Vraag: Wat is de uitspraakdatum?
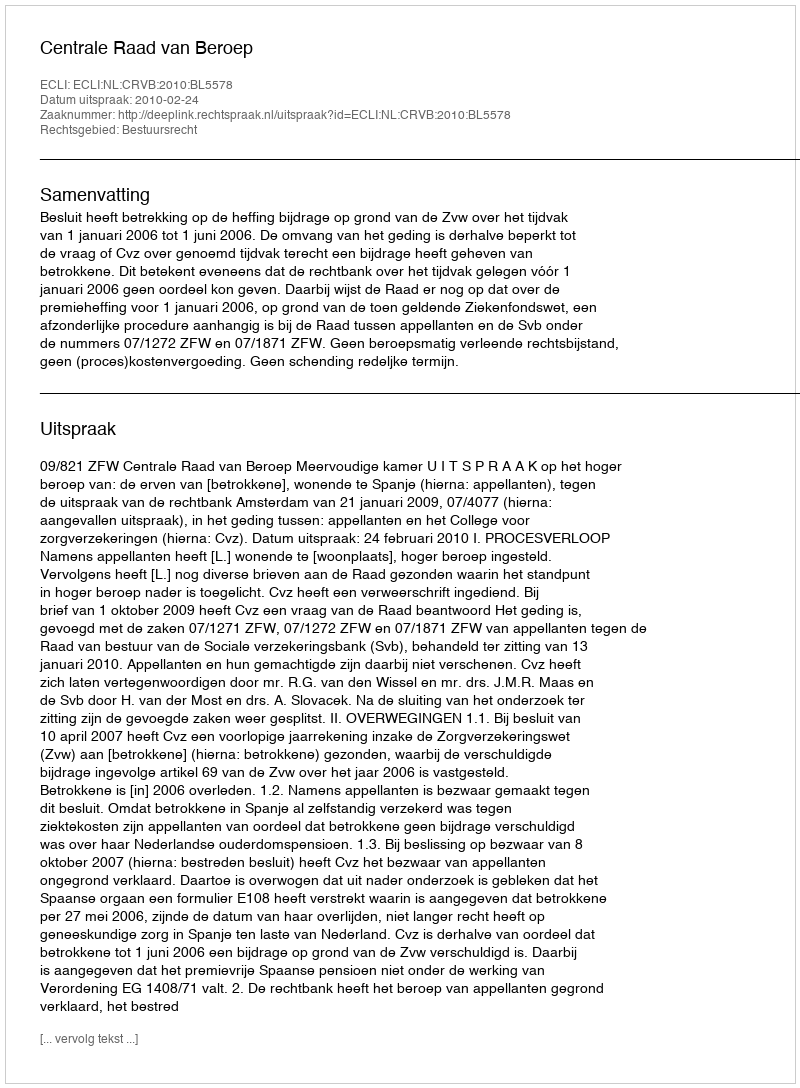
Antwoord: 2010-02-24